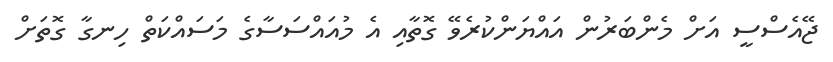
ޖޭއެސްސީ އަށް މެންބަރުން އައްޔަންކުރެވޭ ގޮތާއި އެ މުއައްސަސާގެ މަސައްކަތް ހިނގާ ގޮތަށް